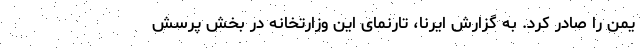
یمن را صادر کرد. به گزارش ایرنا، تارنمای این وزارتخانه در بخش پرسش